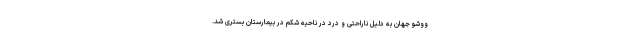
ووشو جهان به دلیل ناراحتی و درد در ناحیه شکم در بیمارستان بستری شد.